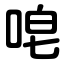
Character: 唣